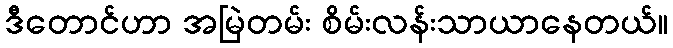
ဒီတောင်ဟာ အမြဲတမ်း စိမ်းလန်းသာယာနေတယ်။